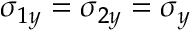
\sigma _ { 1 y } = \sigma _ { 2 y } = \sigma _ { y }